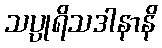
သပ္ပုရိသဒါနာနိ